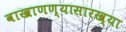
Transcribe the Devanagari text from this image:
वाखाणण्यासारख्या